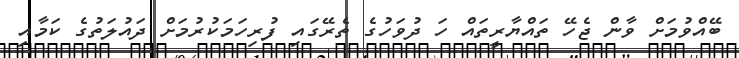
ބޭއްވުމަށް ވާން ޖެހޭ ތައްޔާރީތައް ހަ ދުވަހުގެ ތެރޭގައި ފުރިހަމަކުރުމަށް ދައުލަތުގެ ކަމާއި